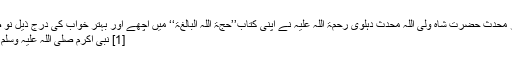
برصغیر کے مایہ ناز محدث حضرت شاہ ولی اللہ محدث دہلوی رحمۃ اللہ علیہ نے اپنی کتاب’’حجۃ اللہ البالغۃ‘‘ میں اچھے اور بہتر خواب کی درج ذیل نو صورتیں بیان کی ہیں:
[1] نبی اکرم صلی اللہ علیہ وسلم کو خواب میں دیکھنا۔